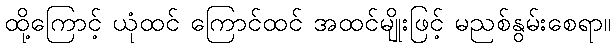
ထို့ကြောင့် ယုံထင် ကြောင်ထင် အထင်မျိုးဖြင့် မညစ်နွမ်းစေရာ။